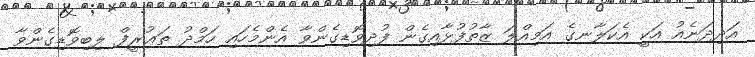
އަދިދަނެއު އަކީ އެކަލާނގެ އަމިއްލަ ޒާތުފުޅާއިގެން ފުދިވޮޑިގެންވާ އެންމެހައި ހަމްދު ތަޢުރީފް ލިބިވޮޑިގެންވާ